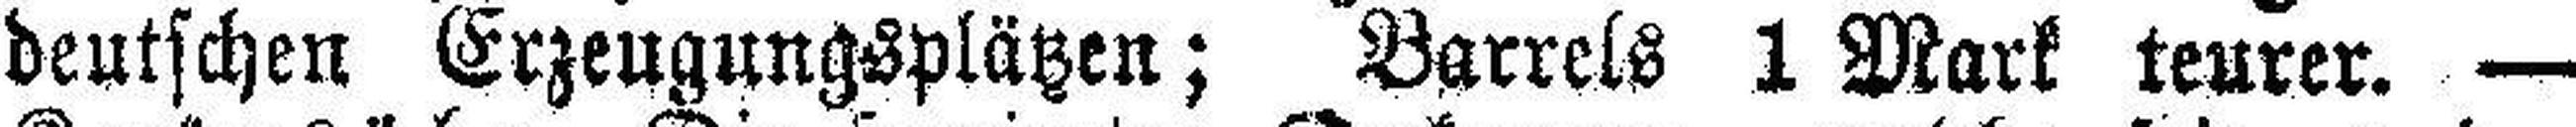
deutschen Erzeugungsplätzen; Barrels 1 Mark teurer. —